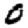
Digit: 0